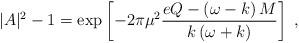
LaTeX: \begin{align*}|A|^2 - 1 = \exp\left[ - 2 \pi \mu^2 \frac{e Q - \left( \omega - k \right)M}{k \left( \omega + k \right)} \right] \; ,\end{align*}